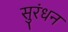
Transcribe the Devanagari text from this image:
सुरंधन